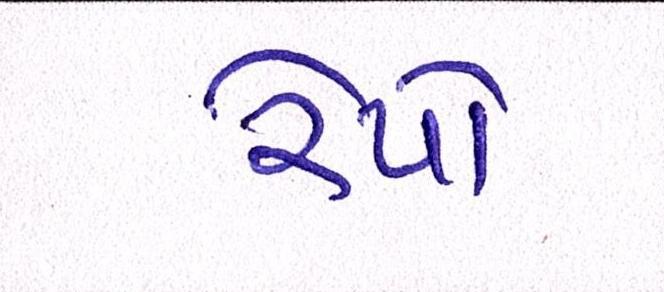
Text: રેપો